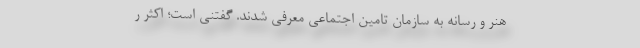
هنر و رسانه به سازمان تامین اجتماعی معرفی شدند. گفتنی است؛ اکثر ر